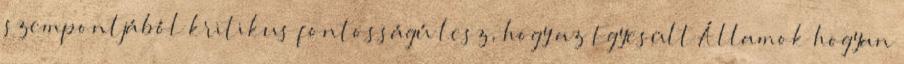
szempontjából kritikus fontosságú lesz, hogy az Egyesült Államok hogyan